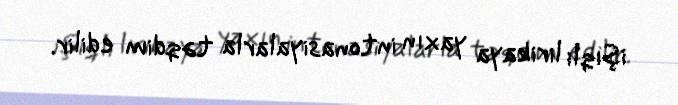
işıqlı lirikaya yaxın intonasiyalarla təqdim edilir.